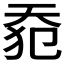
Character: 𰋡